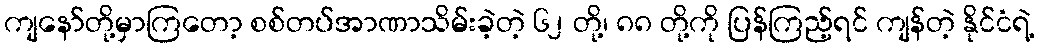
ကျနော်တို့မှာကြတော့ စစ်တပ်အာဏာသိမ်းခဲ့တဲ့ ၆၂ တို့၊ ၈၈ တို့ကို ပြန်ကြည့်ရင် ကျန်တဲ့ နိုင်ငံရဲ့